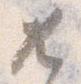
兀